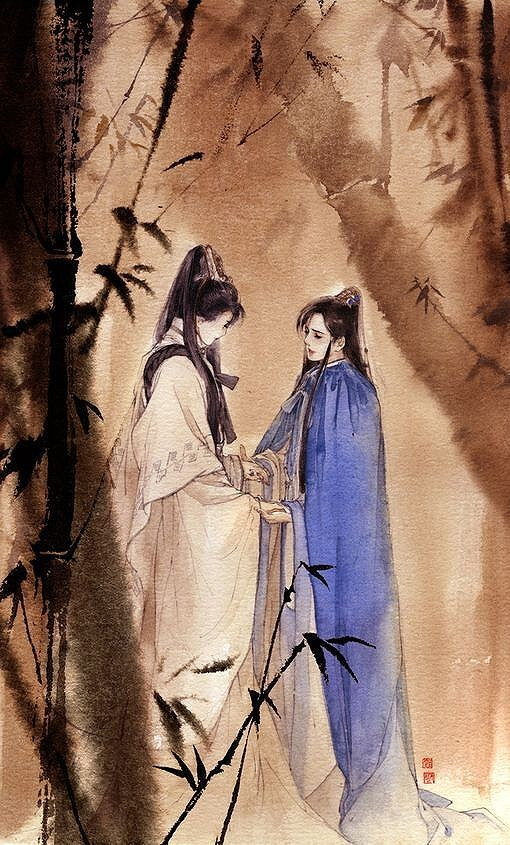
一向年光有限身，等闲离别易销魂，酒筵歌席莫辞频。